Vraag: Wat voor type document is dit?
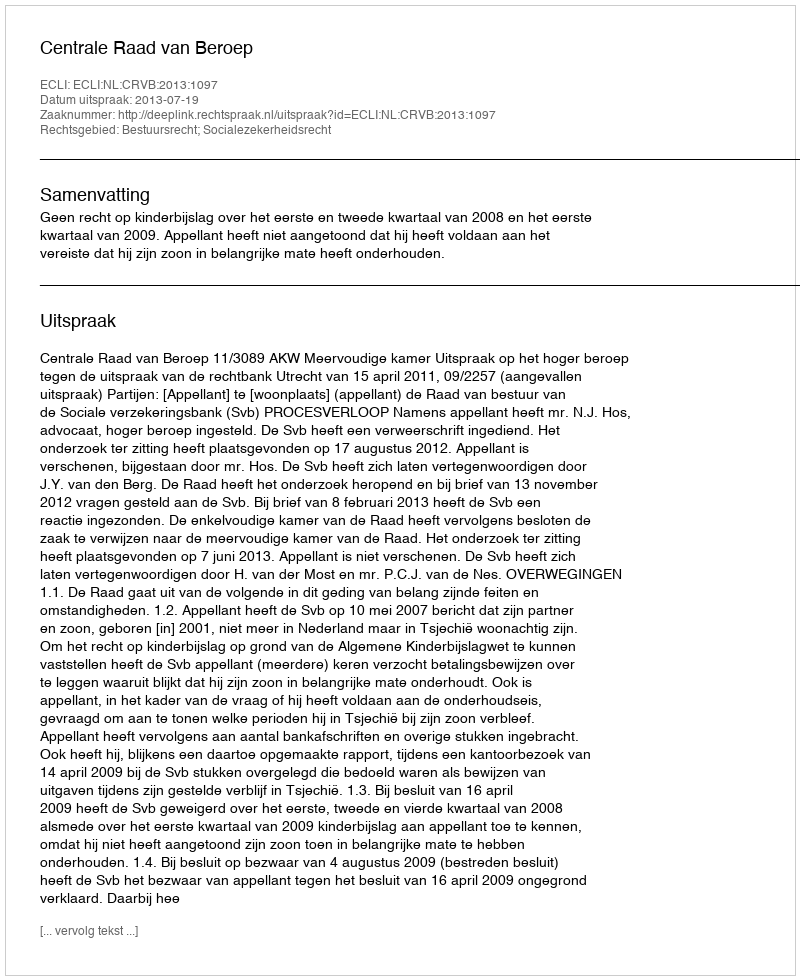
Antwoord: Uitspraak